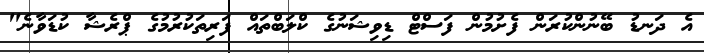
އެ ދަނޑު ބޭނުންކުރަން ފެށުމުން ފަސްޓް ޑިވިޝަނުގެ ކްލަބްތައް ފަރިތަކުރުމުގެ ޕްރެޝާ ކުޑަވާނެ"